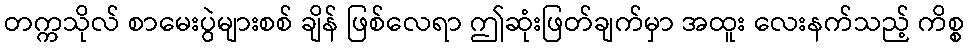
တက္ကသိုလ် စာမေးပွဲများစစ် ချိန် ဖြစ်လေရာ ဤဆုံးဖြတ်ချက်မှာ အထူး လေးနက်သည့် ကိစ္စ